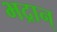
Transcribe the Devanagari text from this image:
भद्रान्